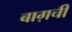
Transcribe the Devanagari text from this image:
बाग़ची